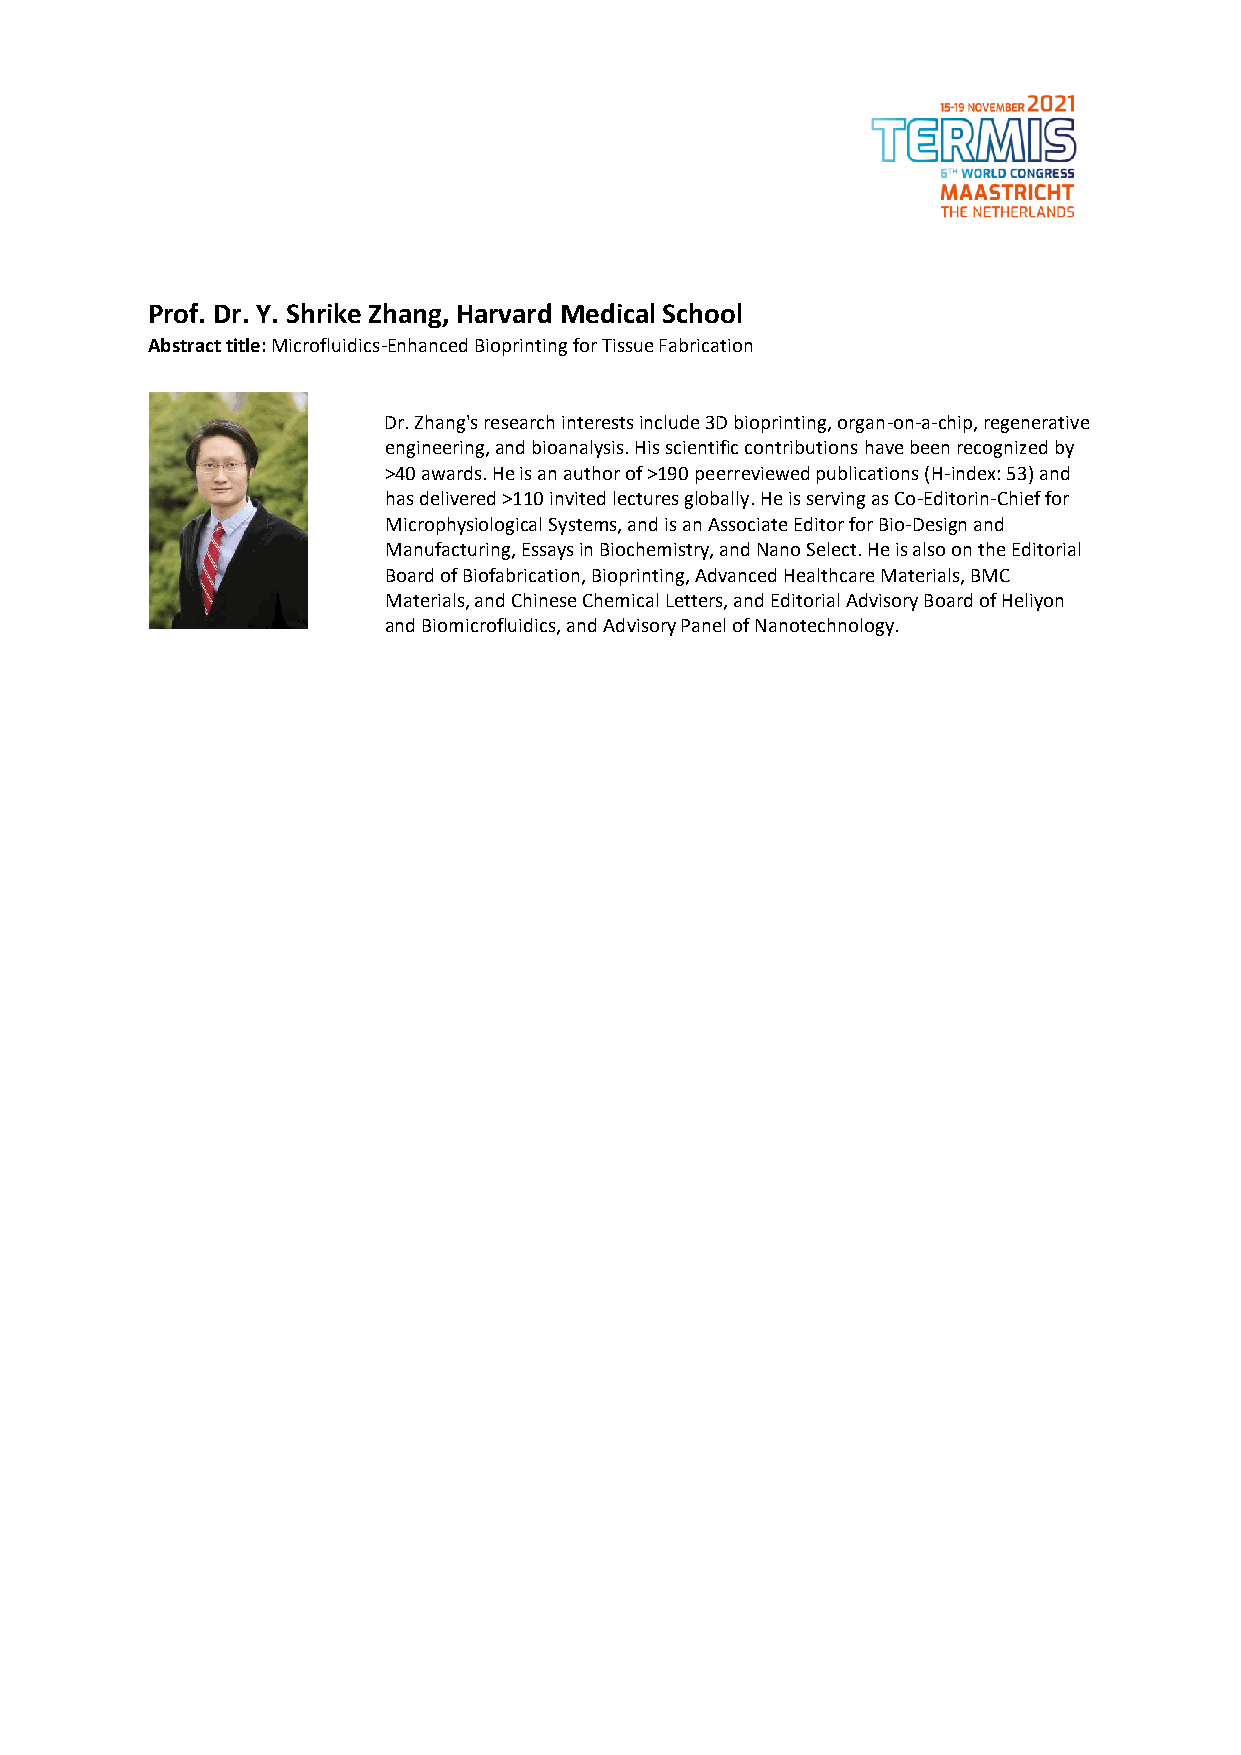
Prof. Dr. Y. Shrike Zhang, Harvard Medical School
 Abstract title: Microfluidics-Enhanced Bioprinting for Tissue Fabrication
 Dr. Zhang's research interests include 3D bioprinting, organ-on-a-chip, regenerative
 engineering, and bioanalysis. His scientific contributions have been recognized by
 >40 awards. He is an author of >190 peerreviewed publications (H-index: 53) and
 has delivered >110 invited lectures globally. He is serving as Co-Editorin-Chief for
 Microphysiological Systems, and is an Associate Editor for Bio-Design and
 Manufacturing, Essays in Biochemistry, and Nano Select. He is also on the Editorial
 Board of Biofabrication, Bioprinting, Advanced Healthcare Materials, BMC
 Materials, and Chinese Chemical Letters, and Editorial Advisory Board of Heliyon
 and Biomicrofluidics, and Advisory Panel of Nanotechnology.